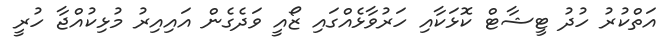
އަތްކުރު ހުދު ޓީޝާޓް ކޮޅަކާއި ހަރުވާޅެއްގައި ޒޯއީ ވަދެގެން އައިއިރު މުޅިކުއްޖާ ހުރީ